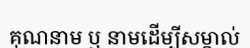
គុណនាម ឬ នាមដើម្បីសម្គាល់